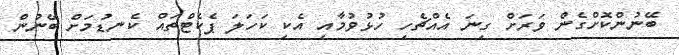
ބޭނުންކޮށްގެން ވަރަށް ގިނަ އެއްޗެހި ހުޅުވުމާއި އެކި ކަހަލަ ޕެކެޓްތައް ކެނޑުމަށް ބޭނުން